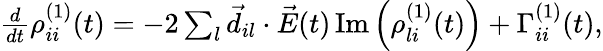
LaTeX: \begin{array}{r}{\frac{d}{dt}\rho_{ii}^{(1)}(t)=-2\sum_{l}\vec{d}_{il}\cdot\vec{E}(t)\, \mathrm{Im}\left(\rho_{li}^{(1)}(t)\right)+\Gamma_{ii}^{(1)}(t),}\end{array}